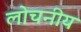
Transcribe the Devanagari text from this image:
लोचनीय